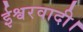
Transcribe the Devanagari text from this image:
ईश्वरवादी।